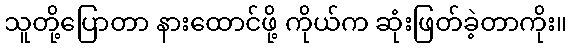
သူတို့ပြောတာ နားထောင်ဖို့ ကိုယ်က ဆုံးဖြတ်ခဲ့တာကိုး။